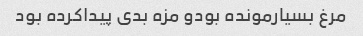
مرغ بسیارمونده بودو مزه بدی پیداکرده بود